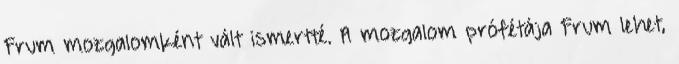
Frum mozgalomként vált ismertté. A mozgalom prófétája Frum lehet,